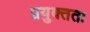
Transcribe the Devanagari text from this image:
प्रयुक्तता